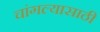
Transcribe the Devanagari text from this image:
चांगल्यासाठी